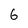
Character: 6